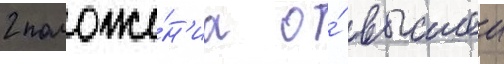
2 положе́н'иа о́ высшеи